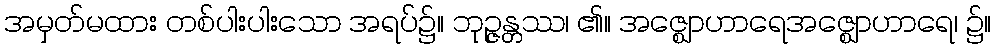
အမှတ်မထား တစ်ပါးပါးသော အရပ်၌။ ဘုဉ္ဇန္တဿ၊ ၏။ အဇ္ဈောဟာရေအဇ္ဈောဟာရေ၊ ၌။